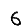
Digit: 6